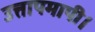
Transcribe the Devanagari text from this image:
उत्तापमापी।